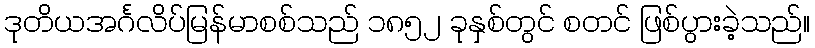
ဒုတိယအင်္ဂလိပ်မြန်မာစစ်သည် ၁၈၅၂ ခုနှစ်တွင် စတင် ဖြစ်ပွားခဲ့သည်။